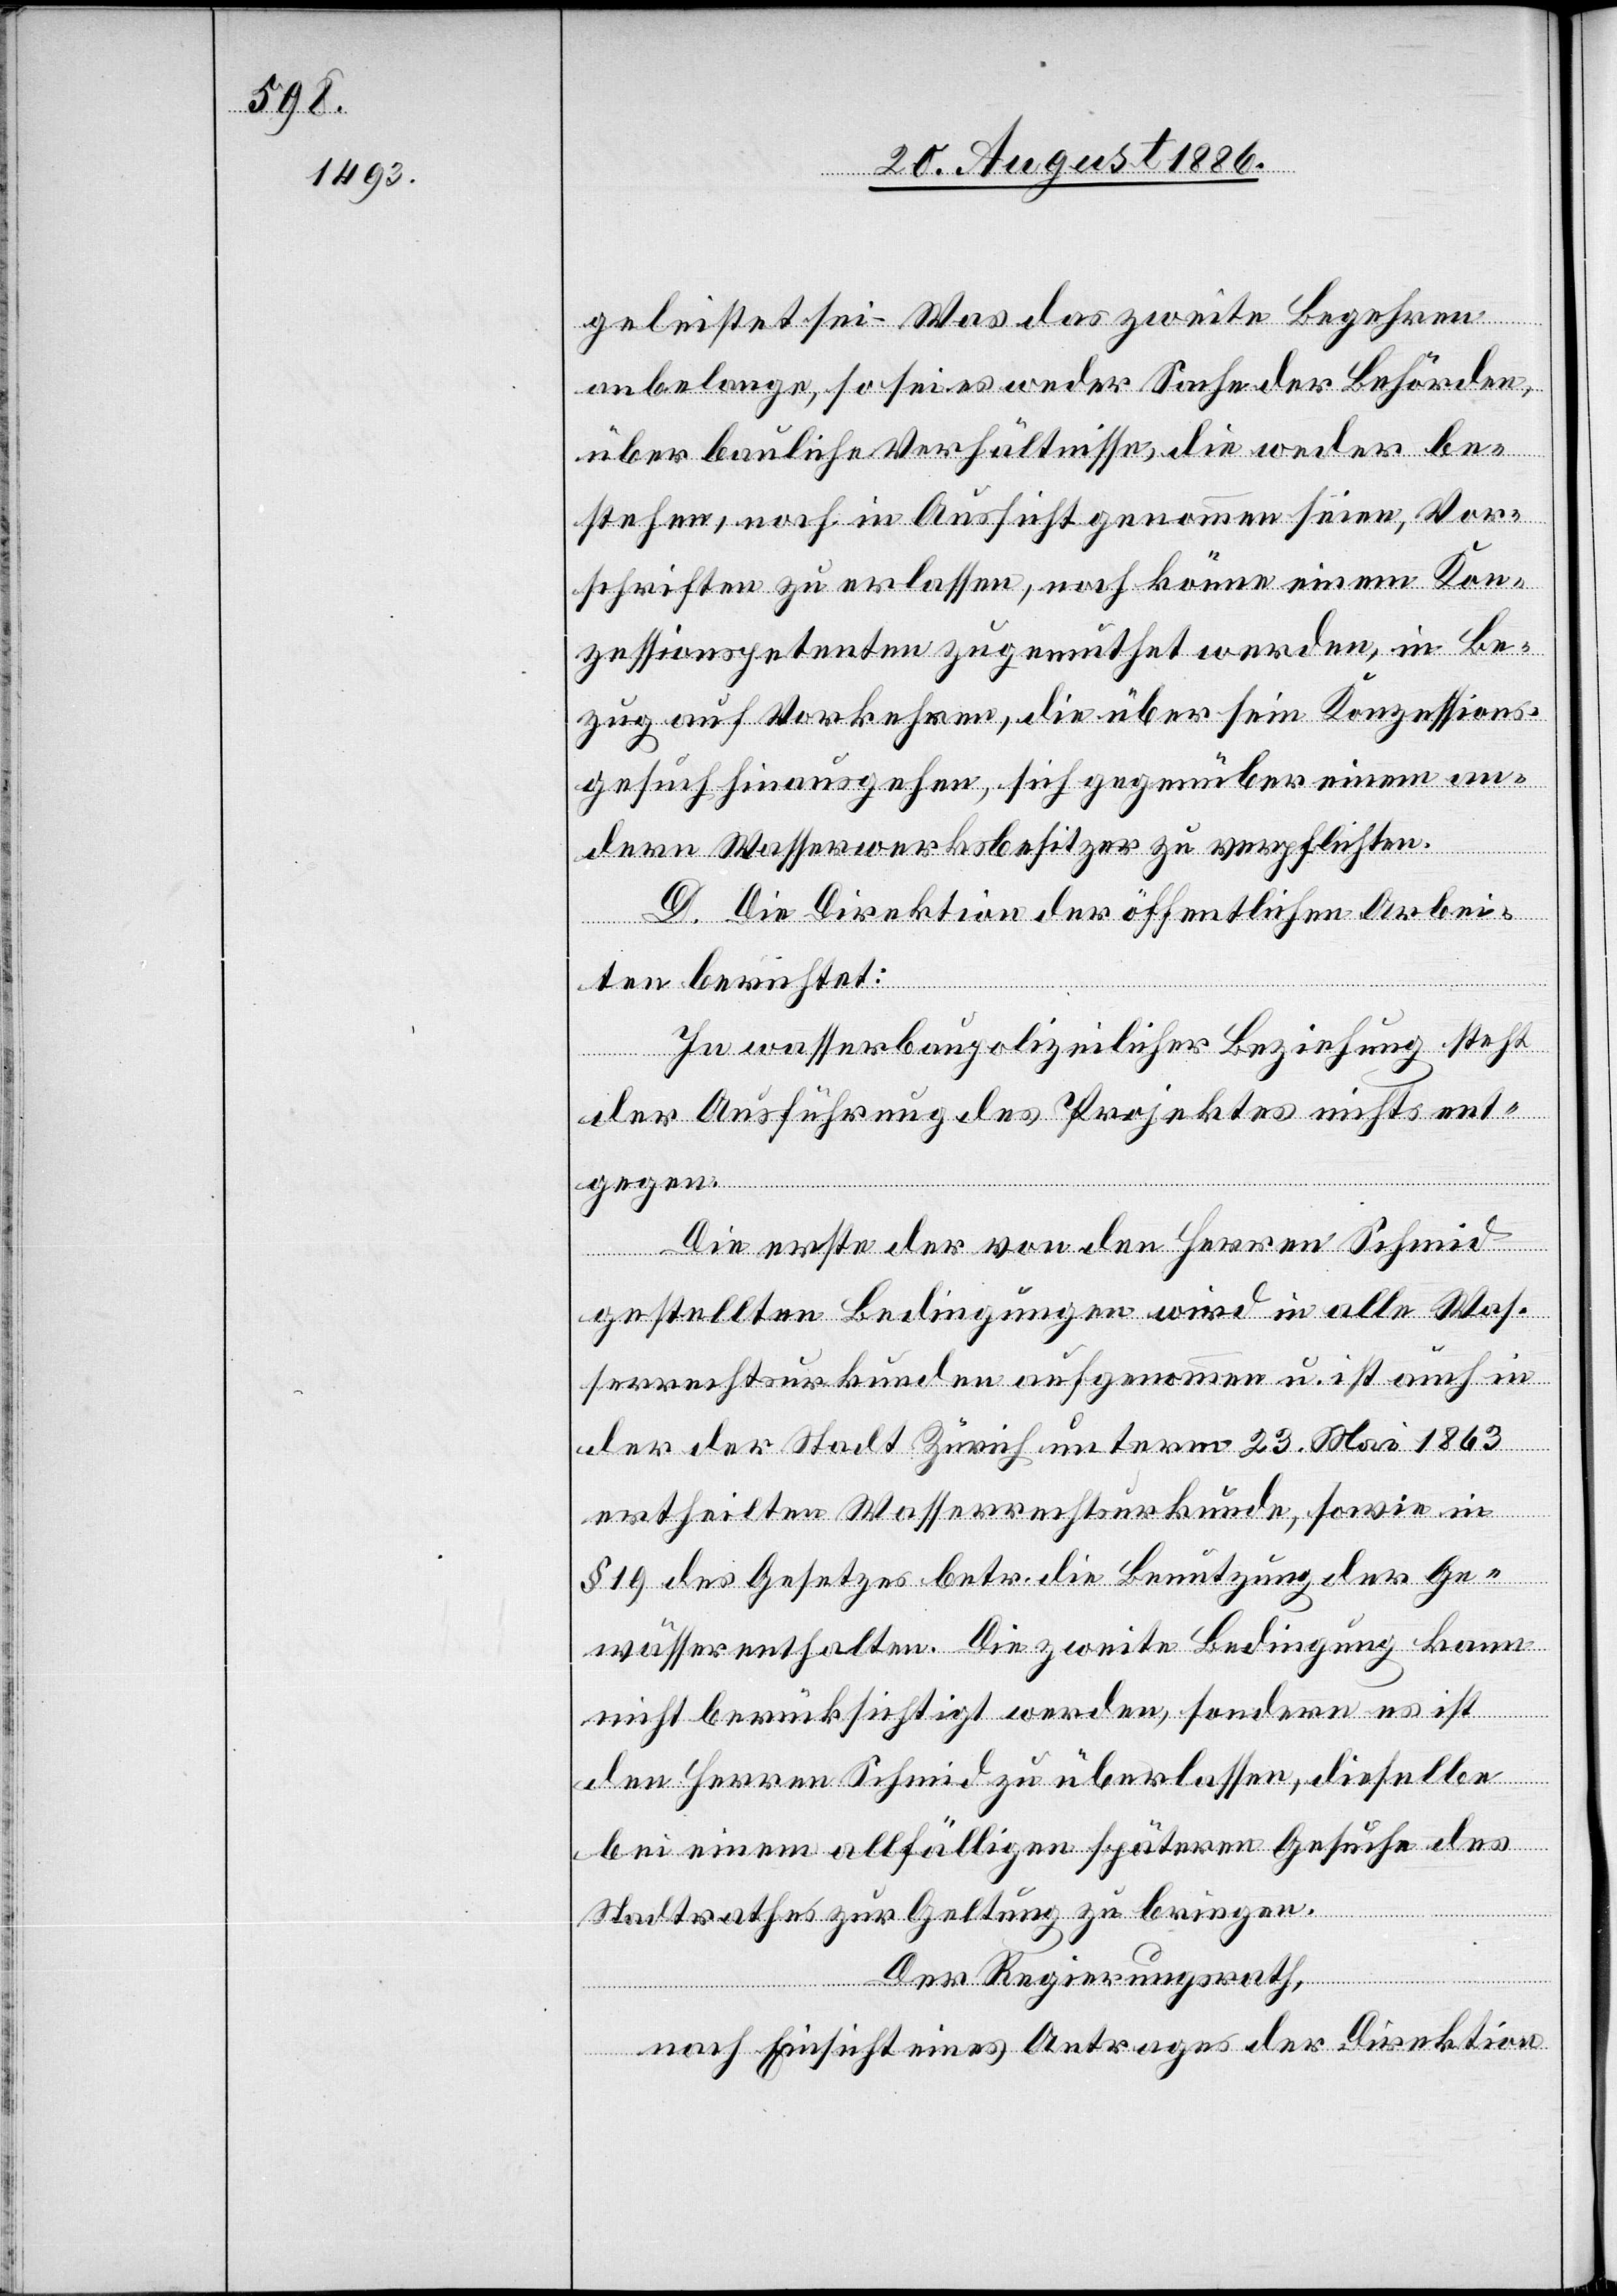
geleistet sei. Was das zweite Begehren
anbelange, so sei es weder Sache der Behörden,
über bauliche Verhältnisse, die weder be¬
stehen, noch in Aussicht genommen seien, Vor¬
schriften zu erlassen, noch könne einem Kon¬
zessionspetenten zugemuthet werden, in Be¬
zug auf Vorkehren, die über sein Konzessions¬
gesuch hinausgehen, sich gegenüber einem an¬
dern Wasserwerksbesitzer zu verpflichten.
D. Die Direktion der öffentlichen Arbei¬
ten berichtet:
In wasserpolizeilicher Beziehung steht
der Ausführung des Projektes nichts ent¬
gegen.
Die erste der von den Herren Schmid
gestellten Bedingungen wird in alle Was¬
serrechtsurkunden aufgenommen u. ist auch
der der Stadt Zürich unterm 23. Mai 1863
ertheilten Wasserrechtsurkunde, sowie in
§ 19 des Gesetzes betr. die Benutzung der Ge¬
wässer enthalten. Die zweite Bedingung kann
nicht berücksichtigt werden, sondern es ist
den Herren Schmid zu überlassen, dieselbe
bei einem allfälligen spätern Gesuche des
Stadtrathes zur Geltung zu bringen.
Der Regierungsrath,
nach Einsicht eines Antrages der Direktion